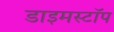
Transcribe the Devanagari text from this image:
डाइमस्टॉप